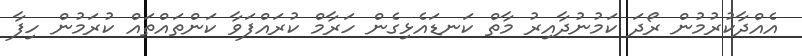
އެއްދާކުރުމުން ރޯދަ ކަމުނުދާއިރު މާތް ކަނޑައެޅިގެން ހަރާމް ކުރައްފަވާ ކަންތައްތައް ކުރަމުން ހިފާ